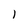
Character: I